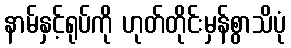
နာမ်နှင့်ရုပ်ကို ဟုတ်တိုင်းမှန်စွာသိပုံ